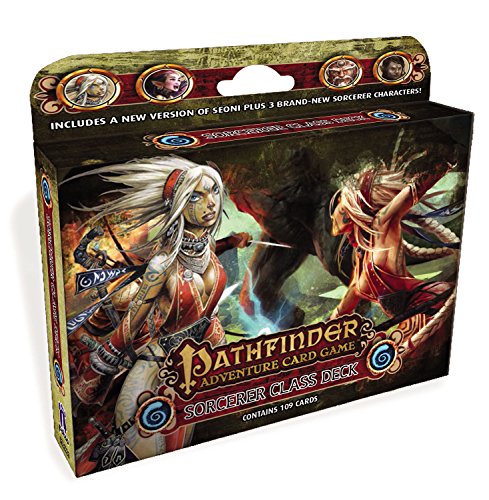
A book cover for Pathfinder Adventure Card Game: Sorcerer Class Deck (Pathfinder Adventure Deck); Mike Selinker; Science Fiction & Fantasy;